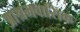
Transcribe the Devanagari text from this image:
आश्रमवासिक